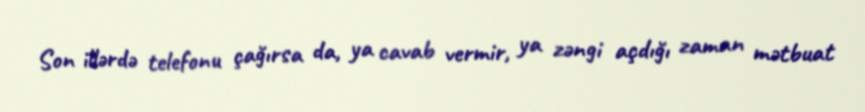
Son illərdə telefonu çağırsa da, ya cavab vermir, ya zəngi açdığı zaman mətbuat